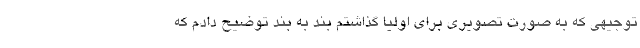
توجیهی که به صورت تصویری برای اولیا گذاشتم بند به بند توضیح دادم که